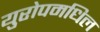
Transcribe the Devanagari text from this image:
युरोपमधिल